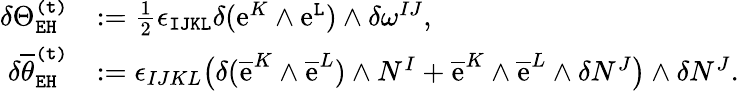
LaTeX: \begin{array}{rl}{\delta\Theta_{\mathtt{EH}}^{\mathtt{(t)}}}&{:=\frac{1}{2}\epsilon_{\mathtt{IJKL}}\delta(\mathrm{e}^{K}\wedge\mathrm{e}^{\mathtt{L}})\wedge\delta\omega^{IJ},}\\ {\delta\overline{{\theta}}_{\mathtt{EH}}^{\mathtt{(t)}}}&{:=\epsilon_{IJKL}\big(\delta(\overline{{\mathrm{e}}}^{K}\wedge\overline{{\mathrm{e}}}^{L})\wedge N^{I}+\overline{{\mathrm{e}}}^{K}\wedge\overline{{\mathrm{e}}}^{L}\wedge\delta N^{J}\big)\wedge\delta N^{J}.}\end{array}